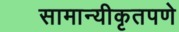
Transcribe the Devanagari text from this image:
सामान्यीकृतपणे